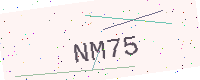
Text: NM75